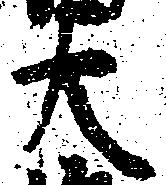
大